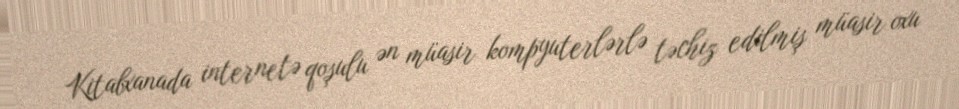
Kitabxanada internetə qoşulu ən müasir kompyuterlərlə təchiz edilmiş müasir oxu